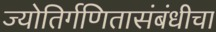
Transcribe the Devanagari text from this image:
ज्योतिर्गणितासंबंधीचा